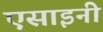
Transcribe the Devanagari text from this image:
एसाइनी